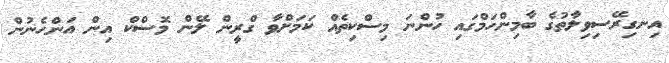
އިނގިރޭސިވިލާތުގެ ބާމިންހަމްގައި ހުންނަ މިސްކިތެއް ކަމަށްވާ ގްރީން ލޭން މޮސްކް އިން އަންހެނުން